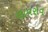
લાવરોવ